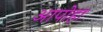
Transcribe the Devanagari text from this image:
आपोहा